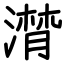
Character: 潸